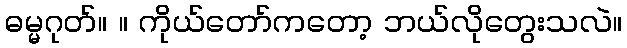
ဓမ္မဂုတ်။ ။ ကိုယ်တော်ကတော့ ဘယ်လိုတွေးသလဲ။